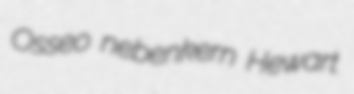
Osseo nebenkern Hewart